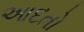
આદતો